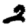
Digit: 2